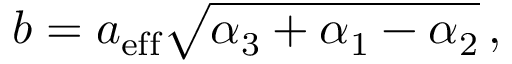
b = a _ { \mathrm { e f f } } \sqrt { \alpha _ { \mathrm { 3 } } + \alpha _ { \mathrm { 1 } } - \alpha _ { \mathrm { 2 } } } \, ,